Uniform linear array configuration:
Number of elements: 48
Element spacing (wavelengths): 0.25
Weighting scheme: blackman
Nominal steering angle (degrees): -15
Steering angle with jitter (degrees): -15.868
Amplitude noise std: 0.05
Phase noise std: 0.05

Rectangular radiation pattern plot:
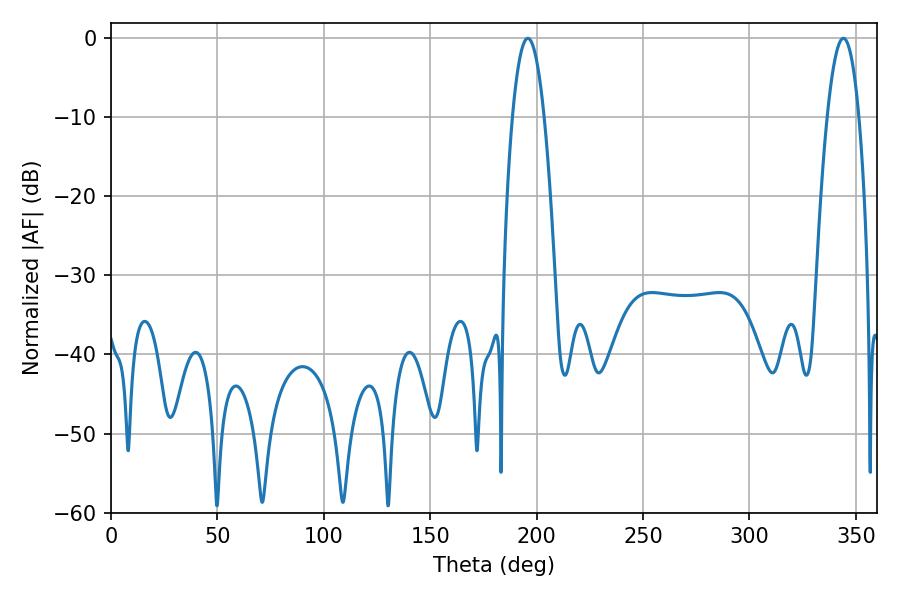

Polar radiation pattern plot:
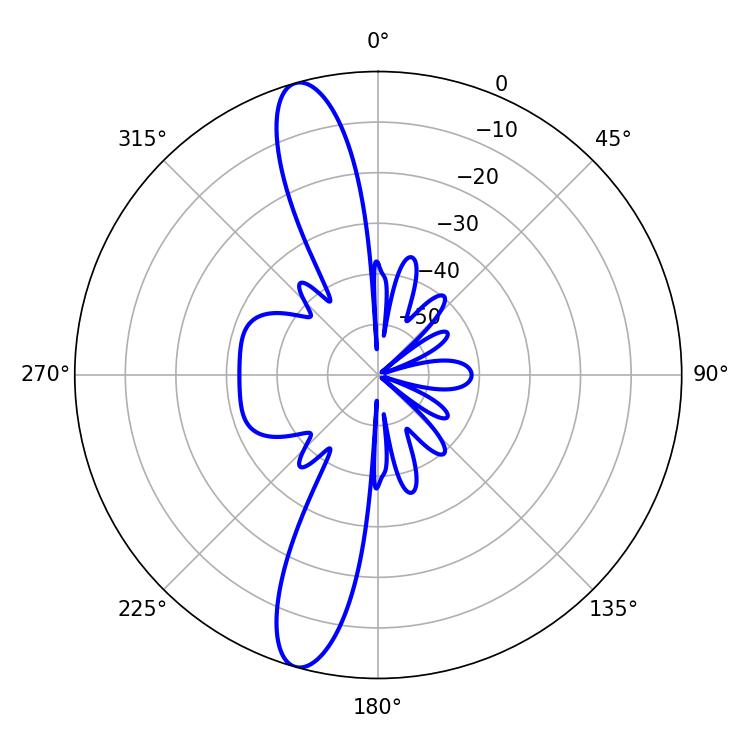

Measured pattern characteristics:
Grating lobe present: FALSE
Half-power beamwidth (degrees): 8.1
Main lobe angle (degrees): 195.84